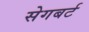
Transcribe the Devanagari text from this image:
सेगबर्ट